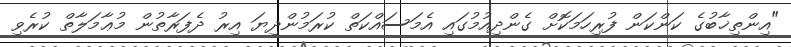
"އިންތިޚާބުގެ ކަންކަން ފުރިހަމަކޮށް ގެންދިއުމުގައި އެމަސައްކަތް ކުރަމުންދިޔަ އިރު ދެފަރާތުން މުޢާމަލާތް ކުރެވި